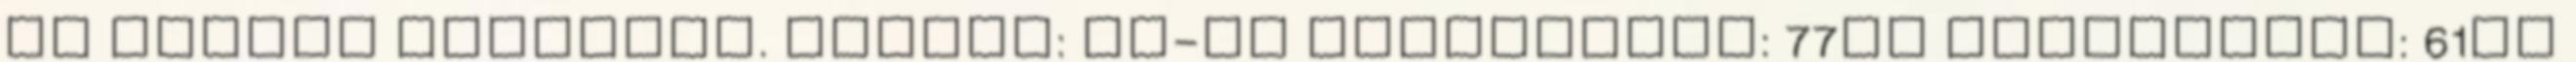
de kiváló állapotú. Mérete: XL-es Hosszúsága: 77cm Szélessége: 61cm